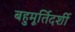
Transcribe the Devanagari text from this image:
बहुमूर्तिदर्शी